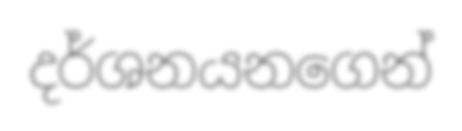
දර්ශනයනගෙන්